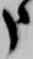
申